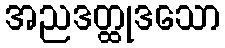
အညဒတ္ထုဒသော